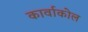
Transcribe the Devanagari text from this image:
कार्वाकोल